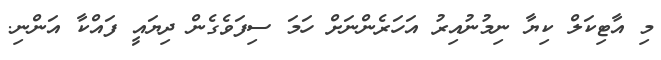
މި އާޓިކަލް ކިޔާ ނިމުނުއިރު އަހަރެންނަށް ހަމަ ސިފަވެގެން ދިޔައީ ފައްކާ އަންނި.